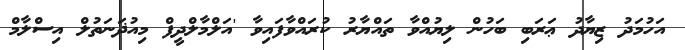
އަހުމަދު ޒިޔާދު ޢަރަބި ބަހުން ލިޔުއްވާ ތައްޔާރު ކުރައްވާފައިވާ 'އަލްމާލްދީފް މިއުޛަނަތުލް އިސްލާމް